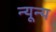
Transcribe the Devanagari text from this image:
न्यून्य